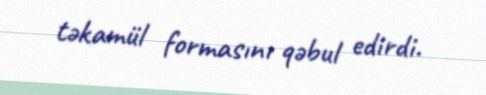
təkamül formasını qəbul edirdi.